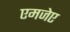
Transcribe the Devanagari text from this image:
एमजेए